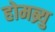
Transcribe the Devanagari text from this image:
होमब्र्यु